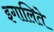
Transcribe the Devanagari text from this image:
इगालिते